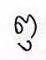
ឭ